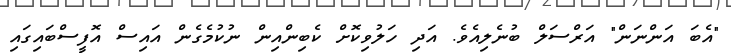
"އެބަ އަންނަން" އަރްސަލް ބުނެލިއެވެ. އަދި ހަލުވިކޮށް ކެބިންއިން ނުކުމެގެން އައިސް އޮފީސްބައިގައި